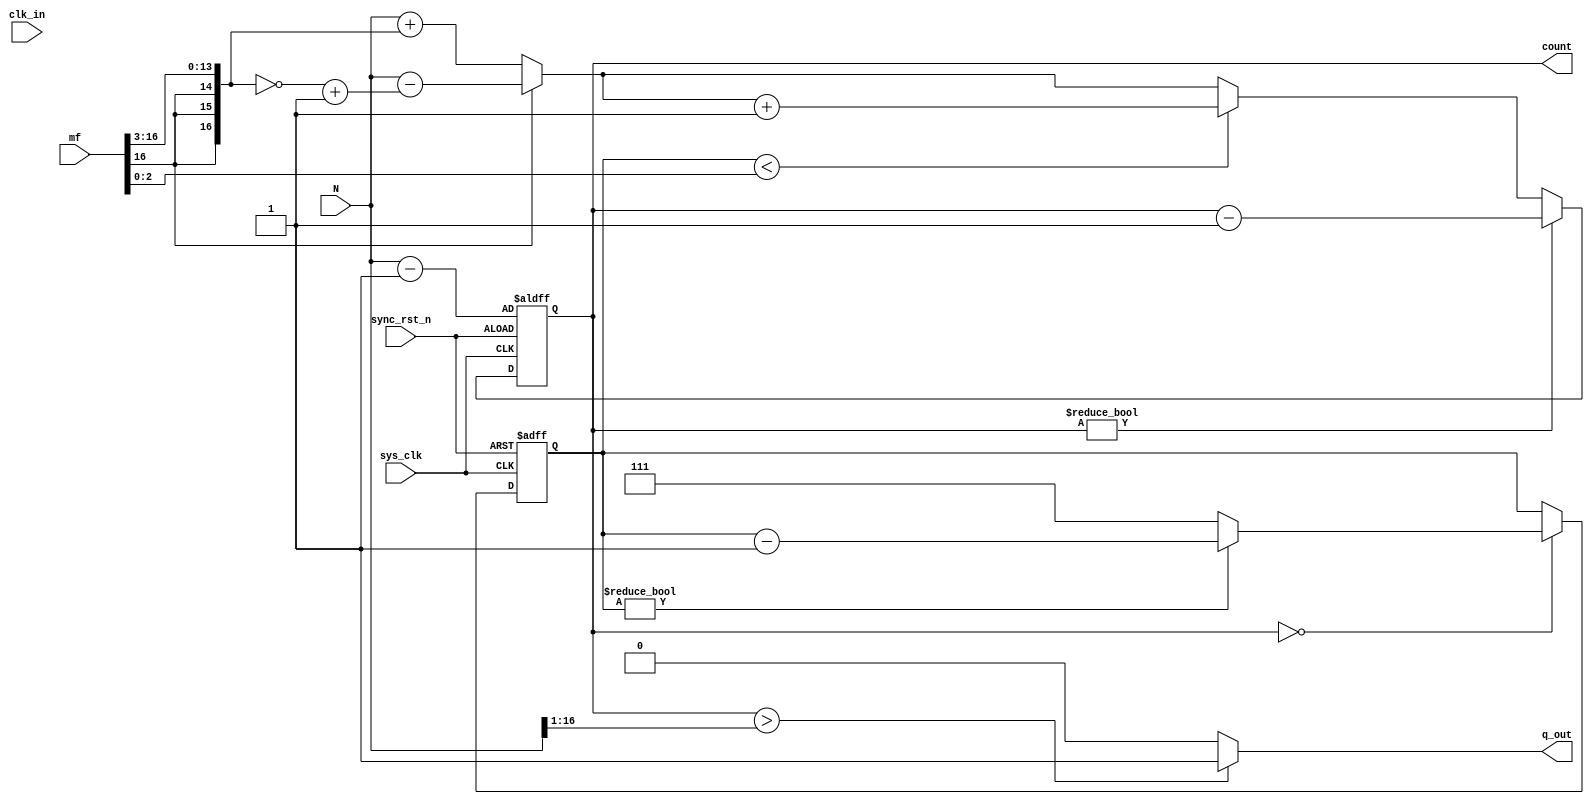
module frac_divider #(parameter WIDTH = 17)(
	// inputs
	input sys_clk,
	input clk_in,
	input sync_rst_n,
	input [WIDTH-1:0] N,					// integer divider
	input signed [WIDTH-1:0] mf,		// fractional divide ...yyyyy.xxx
	// outputs
	output [WIDTH-1:0] count,
	output q_out
    );

localparam MSB = WIDTH-1;
localparam fsze = 3;			// # of fractional bits

reg [WIDTH-1:0] ncoarse;
wire [fsze-1:0] nfine;
reg signed [WIDTH-1:0] mfs4;
reg [WIDTH-1:0] M;
reg [fsze-1:0] mcnt;

wire rst;

// initialize
initial begin
	mcnt[fsze-1:0] = 0;
	end
	
// assign
	assign q_out = (M > (N>>1)) ? 1'b1 : 1'b0;
	assign count = M;
	assign rst = ~sync_rst_n;
	assign nfine = mf[fsze-1:0] ;

////// combinatorial /////
always @ (*) begin
      mfs4 <= mf>>>fsze;
      ncoarse <= (mf[MSB]) ? (N - (~mfs4+1)) : (N + mfs4);
end

// --------------------------------------------------
	
	always @(negedge sys_clk, posedge rst) begin		// mcnt register
		if(rst)
			mcnt <= 0;
		else begin
				if(M==0) begin
					if(mcnt!=0)
						mcnt <= mcnt-1;
					else
						mcnt <= (1 << fsze) - 1;
				end
		end
	end
	
	always @(negedge sys_clk, posedge rst) begin		// M register
		if (rst) 
			M <= N-1;
		else begin
				if(M !=0) 
					M <= M - 1'b1;
				else if( mcnt < nfine)
					M <= ncoarse + 1'b1;
				else
					M <= ncoarse; 
		end			
	end

endmodule